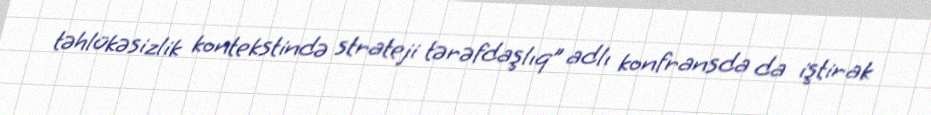
təhlükəsizlik kontekstində strateji tərəfdaşlıq” adlı konfransda da iştirak